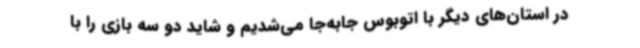
در استان‌های دیگر با اتوبوس جابه‌جا می‌شدیم و شاید دو سه بازی را با